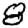
Digit: 8